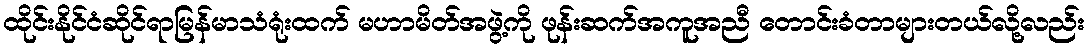
ထိုင်းနိုင်ငံဆိုင်ရာမြန်မာသံရုံးထက် မဟာမိတ်အဖွဲ့ကို ဖုန်းဆက်အကူအညီ တောင်းခံတာများတယ်လို့လည်း